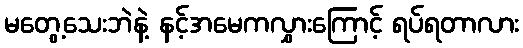
မတွေ့သေးဘဲနဲ့ နင့်အမေကလွှားကြောင့် ရပ်ရတာလား